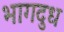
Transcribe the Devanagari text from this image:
भागदुध